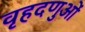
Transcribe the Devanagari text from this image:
वृहदणुओं